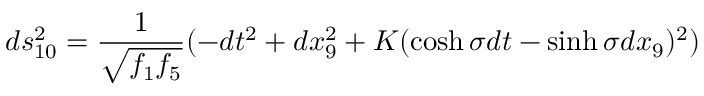
d s _ { 1 0 } ^ { 2 } = \frac { 1 } { \sqrt { f _ { 1 } f _ { 5 } } } ( - d t ^ { 2 } + d x _ { 9 } ^ { 2 } + K ( \cosh \sigma d t - \sinh \sigma d x _ { 9 } ) ^ { 2 } )